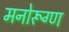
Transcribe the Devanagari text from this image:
मनोरूग्ण